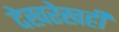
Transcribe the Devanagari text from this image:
देखरेखही